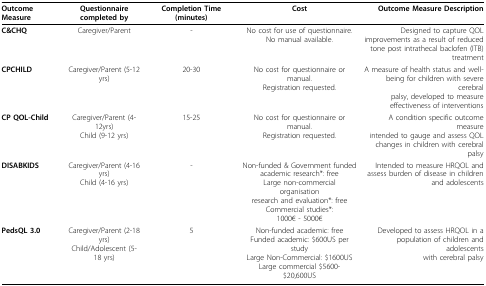
<table><thead><tr><td><b>Outcome Measure</b></td><td><b>Questionnaire completed by</b></td><td><b>Completion Time (minutes)</b></td><td><b>Cost</b></td><td><b>Outcome Measure Description</b></td></tr></thead><tbody><tr><td><b>C&amp;CHQ</b></td><td>Caregiver/Parent</td><td>-</td><td>No cost for use of questionnaire.No manual available.</td><td>Designed to capture QOL improvements as a result of reduced tone post intrathecal baclofen (ITB) treatment</td></tr><tr><td><b>CPCHILD</b></td><td>Caregiver/Parent (5-12 yrs)</td><td>20-30</td><td>No cost for questionnaire or manual. Registration requested.</td><td>A measure of health status and well-being for children with severe cerebral palsy, developed to measure effectiveness of interventions</td></tr><tr><td><b>CP QOL-Child</b></td><td>Caregiver/Parent (4-12yrs)Child (9-12 yrs)</td><td>15-25</td><td>No cost for questionnaire or manual. Registration requested.</td><td>A condition specific outcome measure intended to gauge and assess QOL changes in children with cerebral palsy</td></tr><tr><td><b>DISABKIDS</b></td><td>Caregiver/Parent (4-16 yrs)Child (4-16 yrs)</td><td>-</td><td>Non-funded &amp; Government funded academic research*: free Large non-commercial organisation research and evaluation*: free Commercial studies*: 1000€ - 5000€</td><td>Intended to measure HRQOL and assess burden of disease in children and adolescents</td></tr><tr><td><b>PedsQL 3.0</b></td><td>Caregiver/Parent (2-18 yrs)Child/Adolescent (5-18 yrs)</td><td>5</td><td>Non-funded academic: free Funded academic: $600US per study Large Non-Commercial: $1600US Large commercial $5600-$20,600US</td><td>Developed to assess HRQOL in a population of children and adolescents with cerebral palsy</td></tr></tbody></table>